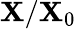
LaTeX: \mathbf{X}/\mathbf{X}_{0}